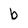
Character: b